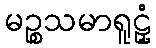
မဉ္စသမာရူဠှံ